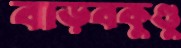
বাড়বকুণ্ডু